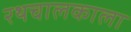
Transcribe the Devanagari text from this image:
रथचालकाला